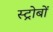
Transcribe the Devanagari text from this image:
स्ट्रोबों